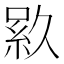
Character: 𬗎